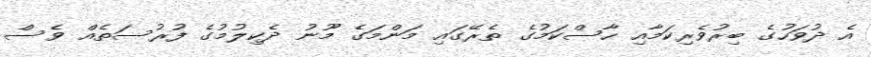
އެ ދުވަހުގެ ބިރުވެރިކަމާއި ހާސްކަމުގެ ތެރޭގައި މަންމަގެ މޫނު ދެކިލުމުގެ ފުރުސަތެއް ވެސް